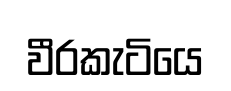
වීරකැටියෙ